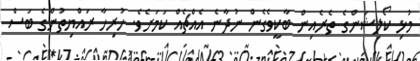
މުޅި ކޯލިޝަންގެ ތެރެއިން ބާކީވެގެން ނުދާނެ އެއްޗެއް ކަމަށެވެ. ހުރިހާ ރައްޔިތުންގެ ބަސް